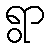
ရွာ